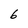
Character: 6